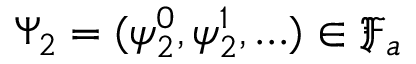
\Psi _ { 2 } = ( \psi _ { 2 } ^ { 0 } , \psi _ { 2 } ^ { 1 } , \ldots ) \in \mathfrak { F } _ { a }